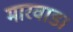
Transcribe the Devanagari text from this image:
मारवाड।